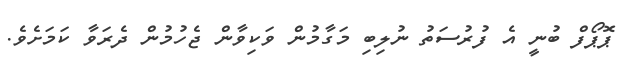
ޕޮޕޯފް ބުނީ އެ ފުރުސަތު ނުލިބި މަގާމުން ވަކިވާން ޖެހުމުން ދެރަވާ ކަމަށެވެ.